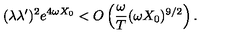
( \lambda \lambda ^ { \prime } ) ^ { 2 } e ^ { 4 \omega X _ { 0 } } < O \left( \frac { \omega } { T } ( \omega X _ { 0 } ) ^ { 9 / 2 } \right) .